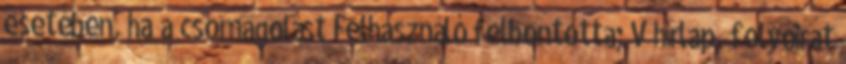
esetében, ha a csomagolást Felhasználó felbontotta; V hírlap, folyóirat